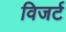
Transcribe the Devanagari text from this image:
विजर्ट